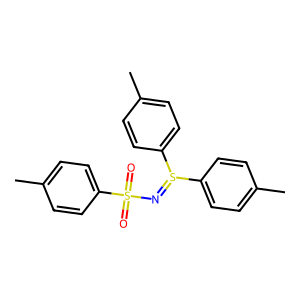
SMILES: Cc1ccc(S(=NS(=O)(=O)c2ccc(C)cc2)c2ccc(C)cc2)cc1
Inhibits HIV replication: No